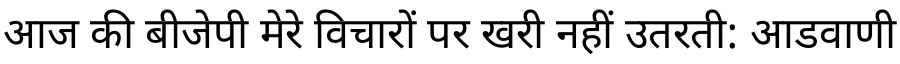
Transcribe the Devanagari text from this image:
आज की बीजेपी मेरे विचारों पर खरी नहीं उतरती: आडवाणी